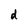
Character: d